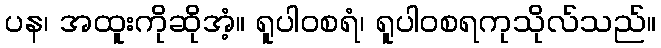
ပန၊ အထူးကိုဆိုအံ့။ ရူပါဝစရံ၊ ရူပါဝစရကုသိုလ်သည်။